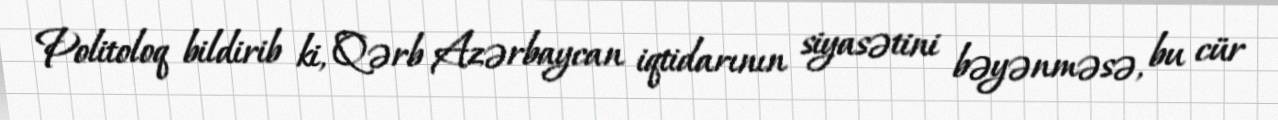
Politoloq bildirib ki, Qərb Azərbaycan iqtidarının siyasətini bəyənməsə, bu cür